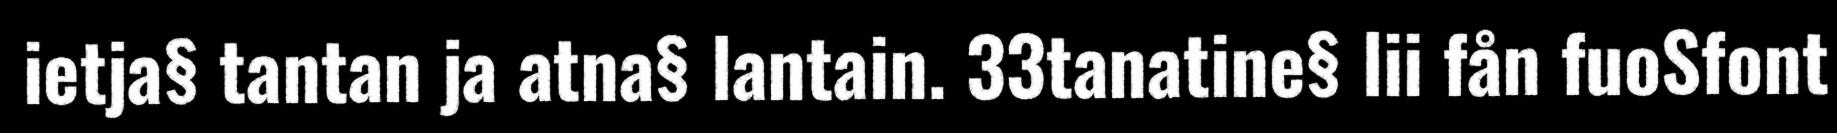
ietja§ tantan ja atna§ lantain. 33tanatine§ lii fån fuoSfont